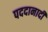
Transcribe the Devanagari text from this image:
पददानादी